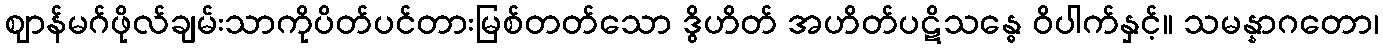
ဈာန်မဂ်ဖိုလ်ချမ်းသာကိုပိတ်ပင်တားမြစ်တတ်သော ဒွိဟိတ် အဟိတ်ပဋိသန္ဓေ ဝိပါက်နှင့်။ သမန္နာဂတော၊